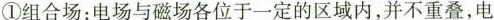
①组合场：电场与磁场各位于一定的区域内，并不重叠，电